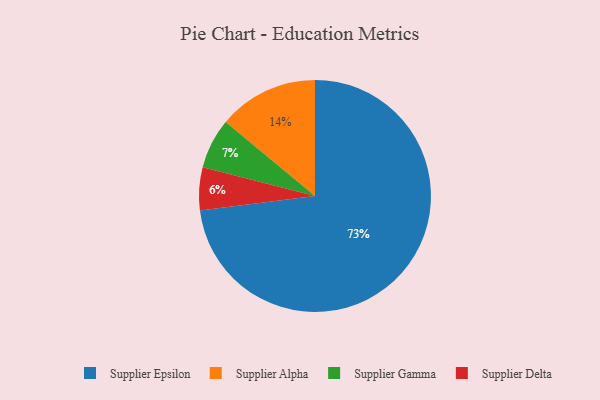
{"axis": {"x": "Category", "y": "Percentage"}, "legend": ["Supplier Alpha", "Supplier Delta", "Supplier Epsilon", "Supplier Gamma"], "data": [{"x": "Supplier Delta", "y": 6, "type": "Supplier Delta"}, {"x": "Supplier Gamma", "y": 7, "type": "Supplier Gamma"}, {"x": "Supplier Epsilon", "y": 73, "type": "Supplier Epsilon"}, {"x": "Supplier Alpha", "y": 14, "type": "Supplier Alpha"}]}